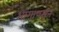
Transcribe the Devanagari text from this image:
भागापसून